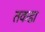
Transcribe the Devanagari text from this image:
तकडा